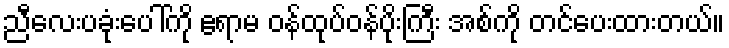
ညီလေးပခုံးပေါ်ကို ဧရာမ ဝန်ထုပ်ဝန်ပိုးကြီး အစ်ကို တင်ပေးထားတယ်။